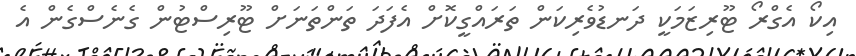
އިކޯ އެގްރޯ ޓޫރިޒަމަކީ ދަނޑުވެރިކަން ތަރައްގީކޮށް އެފަދަ ތަންތަނަށް ޓޫރިސްޓުން ގެނެސްގެން އެ